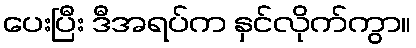
ပေးပြီး ဒီအရပ်က နှင်လိုက်ကွာ။